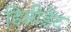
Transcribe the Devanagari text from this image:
डिसीडेंट